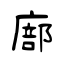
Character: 廍